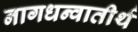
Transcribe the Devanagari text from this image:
नागधन्वातीर्थ